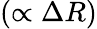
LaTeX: (\propto\Delta R)